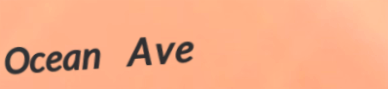
Ocean Ave